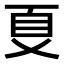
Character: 𠀼